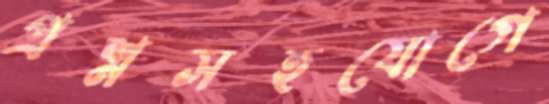
প্রশ্নসহযোগে